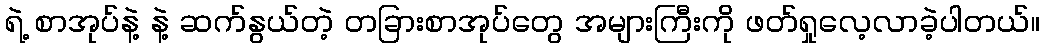
ရဲ့ စာအုပ်နဲ့ နဲ့ ဆက်နွယ်တဲ့ တခြားစာအုပ်တွေ အများကြီးကို ဖတ်ရှုလေ့လာခဲ့ပါတယ်။